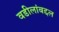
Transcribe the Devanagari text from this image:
वडीलांबद्दल